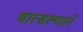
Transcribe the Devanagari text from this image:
वात्सल्याने